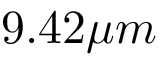
9 . 4 2 \mu m